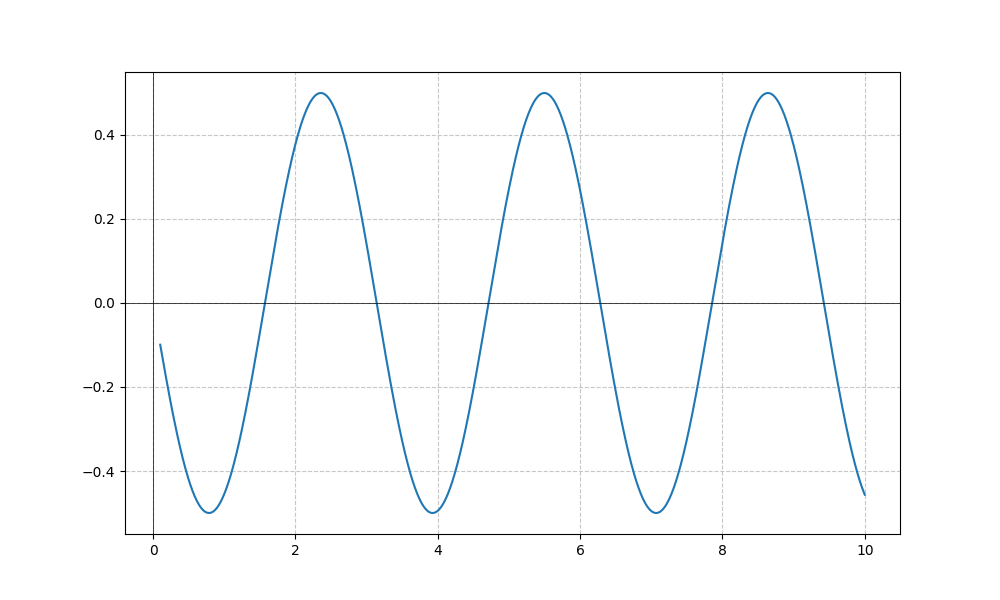
LaTeX formula: - \sin{\left(x \right)} \cos{\left(x \right)}